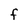
Character: f